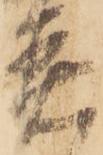
着